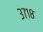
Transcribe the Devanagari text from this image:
३७१८